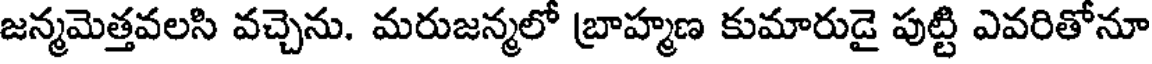
జన్మమెత్తవలసి వచ్చెను. మరుజన్మలో బ్రాహ్మణ కుమారుడై పుట్టి ఎవరితోనూ